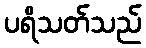
ပရိသတ်သည်